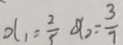
x _ { 1 } = \frac { 2 } { 5 } x _ { 2 } = \frac { 3 } { 7 }